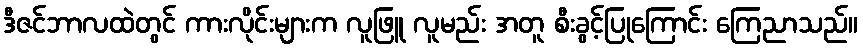
ဒီဇင်ဘာလထဲတွင် ကားလိုင်းများက လူဖြူ လူမည်း အတူ စီးခွင့်ပြုကြောင်း ကြေညာသည်။